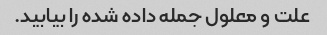
علت و معلول جمله داده شده را بیابید.